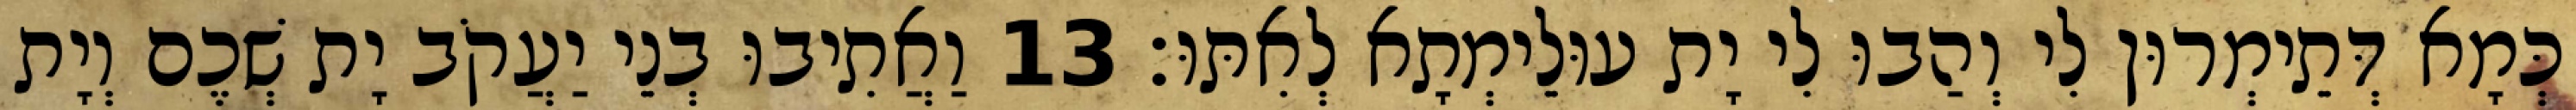
כְּמָא דְּתֵימְרוּן לִי וְהַבוּ לִי יָת עוּלֵימְתָא לְאִתּוּ׃ 13 וַאֲתִיבוּ בְנֵי יַעֲקֹב יָת שְׁכֶם וְיָת